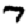
Digit: 7